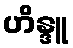
ဟိန္ဒူ